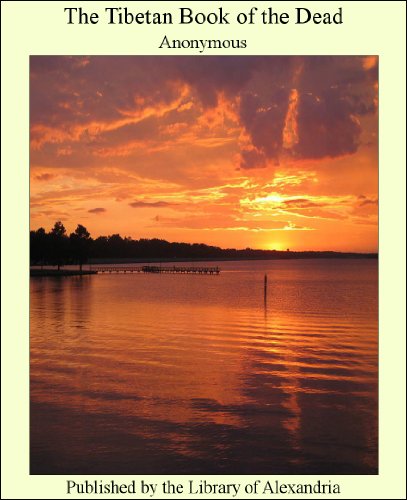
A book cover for The Tibetan Book of the Dead; Anonymous; Religion & Spirituality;